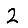
Digit: 2